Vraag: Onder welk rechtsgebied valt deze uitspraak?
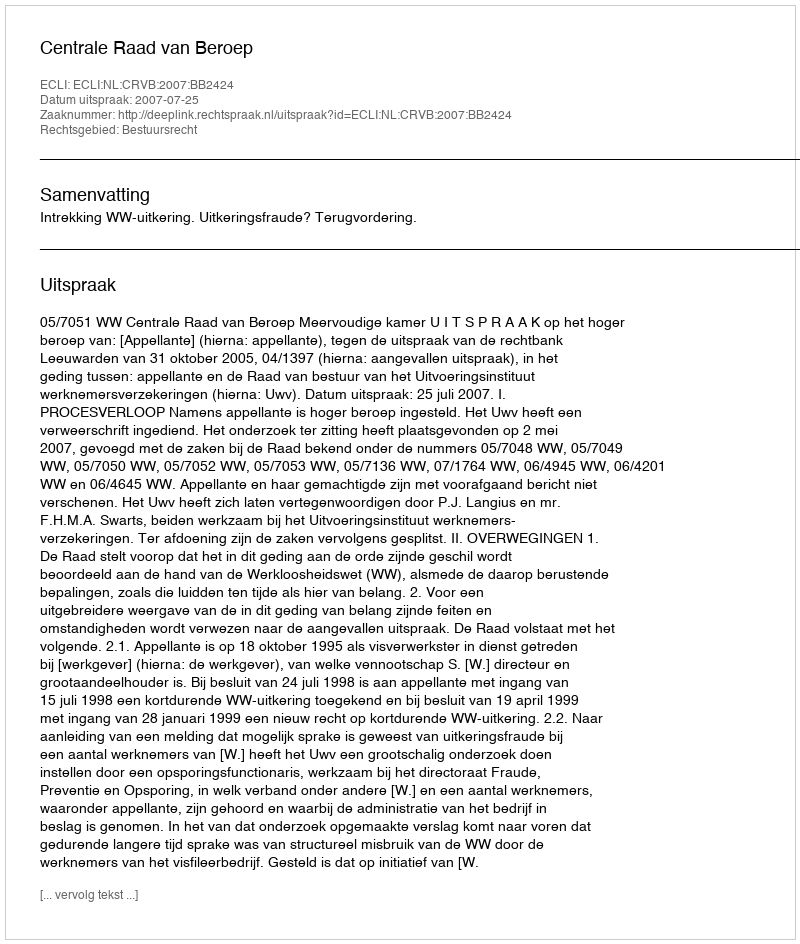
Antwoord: Bestuursrecht